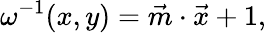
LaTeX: \omega^{-1}(x,y)=\vec{m}\cdot\vec{x}+1,